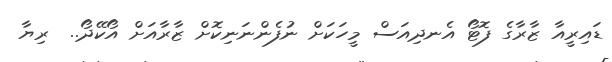
ޑައިރީއާ ޒާރާގެ ފޮޓޯ އެނދިއަސް މީހަކަށް ނުފެންނަނިކޮށް ޒާރާއަށް އޯކޭދޯ..  ރިޔާ